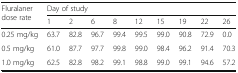
| <ROWSPAN=2> Fluralaner dose rate | <COLSPAN=9> Day of study |
 | 1 | 2 | 6 | 8 | 12 | 15 | 19 | 22 | 26 |
 | --- | --- | --- | --- | --- | --- | --- | --- | --- | --- |
 | 0.25 mg/kg | 63.7 | 82.8 | 96.7 | 99.4 | 99.5 | 99.0 | 90.8 | 72.9 | 0.0 |
 | 0.5 mg/kg | 61.0 | 87.7 | 97.7 | 99.8 | 99.0 | 98.4 | 96.2 | 91.4 | 70.3 |
 | 1.0 mg/kg | 62.5 | 82.8 | 98.2 | 99.1 | 98.8 | 99.0 | 99.1 | 94.6 | 57.2 |